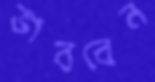
ভাববেন